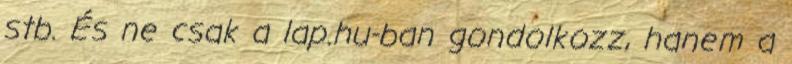
stb. És ne csak a lap.hu-ban gondolkozz, hanem a